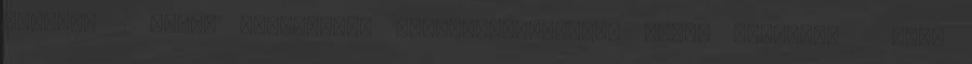
módjai. 2 Nyolc évfolyamos matematika-fizika emelt óraszámú 1 Apor